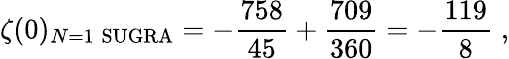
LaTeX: \zeta(0)_{N=1\; {\mathrm{SUGRA}}}=-{\frac{758}{45}}+{\frac{709}{360}}=-{\frac{119}{8}}\; ,